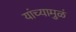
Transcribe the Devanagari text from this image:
यांच्यामुळं